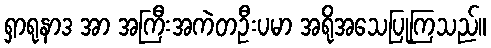
ရှာရုနာဒ အာ အကြီးအကဲတဦးပမာ အရိုအသေပြုကြသည်။